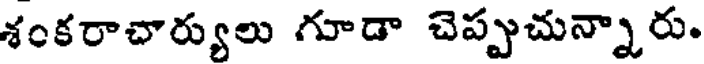
శంకరాచార్యులు గూడా చెప్పుచున్నారు.